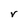
Character: V